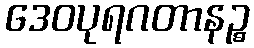
ဒေဝပုရဂတာနဉ္စ